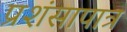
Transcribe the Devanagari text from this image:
प्रशंसापात्र